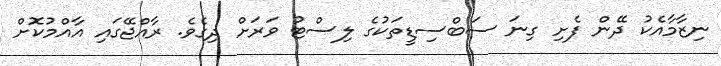
ނިޒާމާއެކު ދޭން ފެށި ގިނަ ސަބްސިޑީތަކުގެ ލިސްޓު ވަރަށް ދިގެވެ. ރާއްޖޭގައި އާއްމުކޮށް